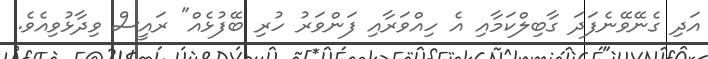
އަދި ގެނޭވޭނެފަދަ ގާބިލްކަމާއި އެ ހިއްވަރާއި ފަންވަރު ހުރި ބޭފުޅެއް" ރައީސް ވިދާޅުވިއެވެ.